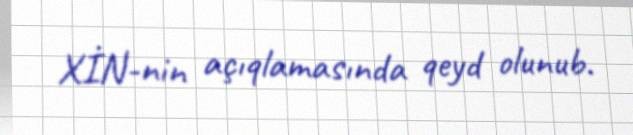
XİN-nin açıqlamasında qeyd olunub.